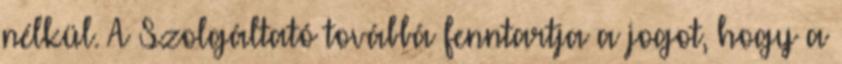
nélkül. A Szolgáltató továbbá fenntartja a jogot, hogy a